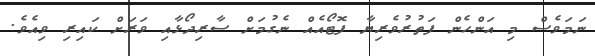
ނަމަވެސް މި އަންހެން ފަތުރުވެރިޔާ ފޮޓޯއެއް ނެގުމަށް ސާރިދޯޅާއި ވަރަށް ކައިރި ވިއެވެ.